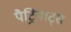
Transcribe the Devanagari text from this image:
पैट्रियाट्स